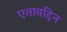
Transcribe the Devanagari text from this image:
एतावद्दिन